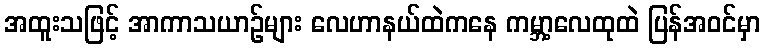
အထူးသဖြင့် အာကာသယာဉ်များ လေဟာနယ်ထဲကနေ ကမ္ဘာ့လေထုထဲ ပြန်အဝင်မှာ